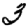
Digit: 3